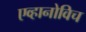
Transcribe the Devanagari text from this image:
एव्हानोविच